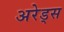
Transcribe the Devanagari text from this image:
अरेड्स